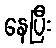
နေပြီး